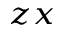
_ { z x }